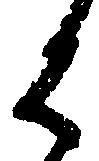
は